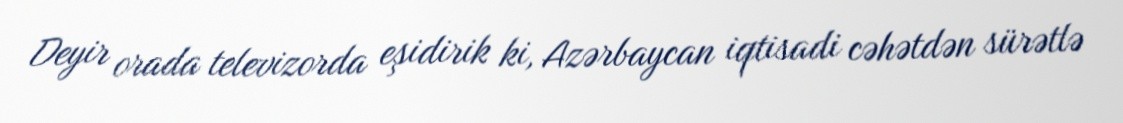
Deyir orada televizorda eşidirik ki, Azərbaycan iqtisadi cəhətdən sürətlə